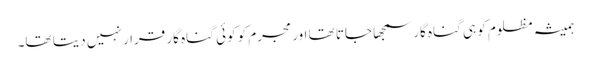
ہمیشہ مظلوم کو ہی گناہ گار سمجھا جاتا تھا اور مجرم کو کوئی گناہ گار قرار نہیں دیتا تھا۔